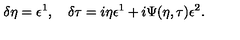
\delta \eta = \epsilon ^ { 1 } , \quad \delta \tau = i \eta \epsilon ^ { 1 } + i \Psi ( \eta , \tau ) \epsilon ^ { 2 } .